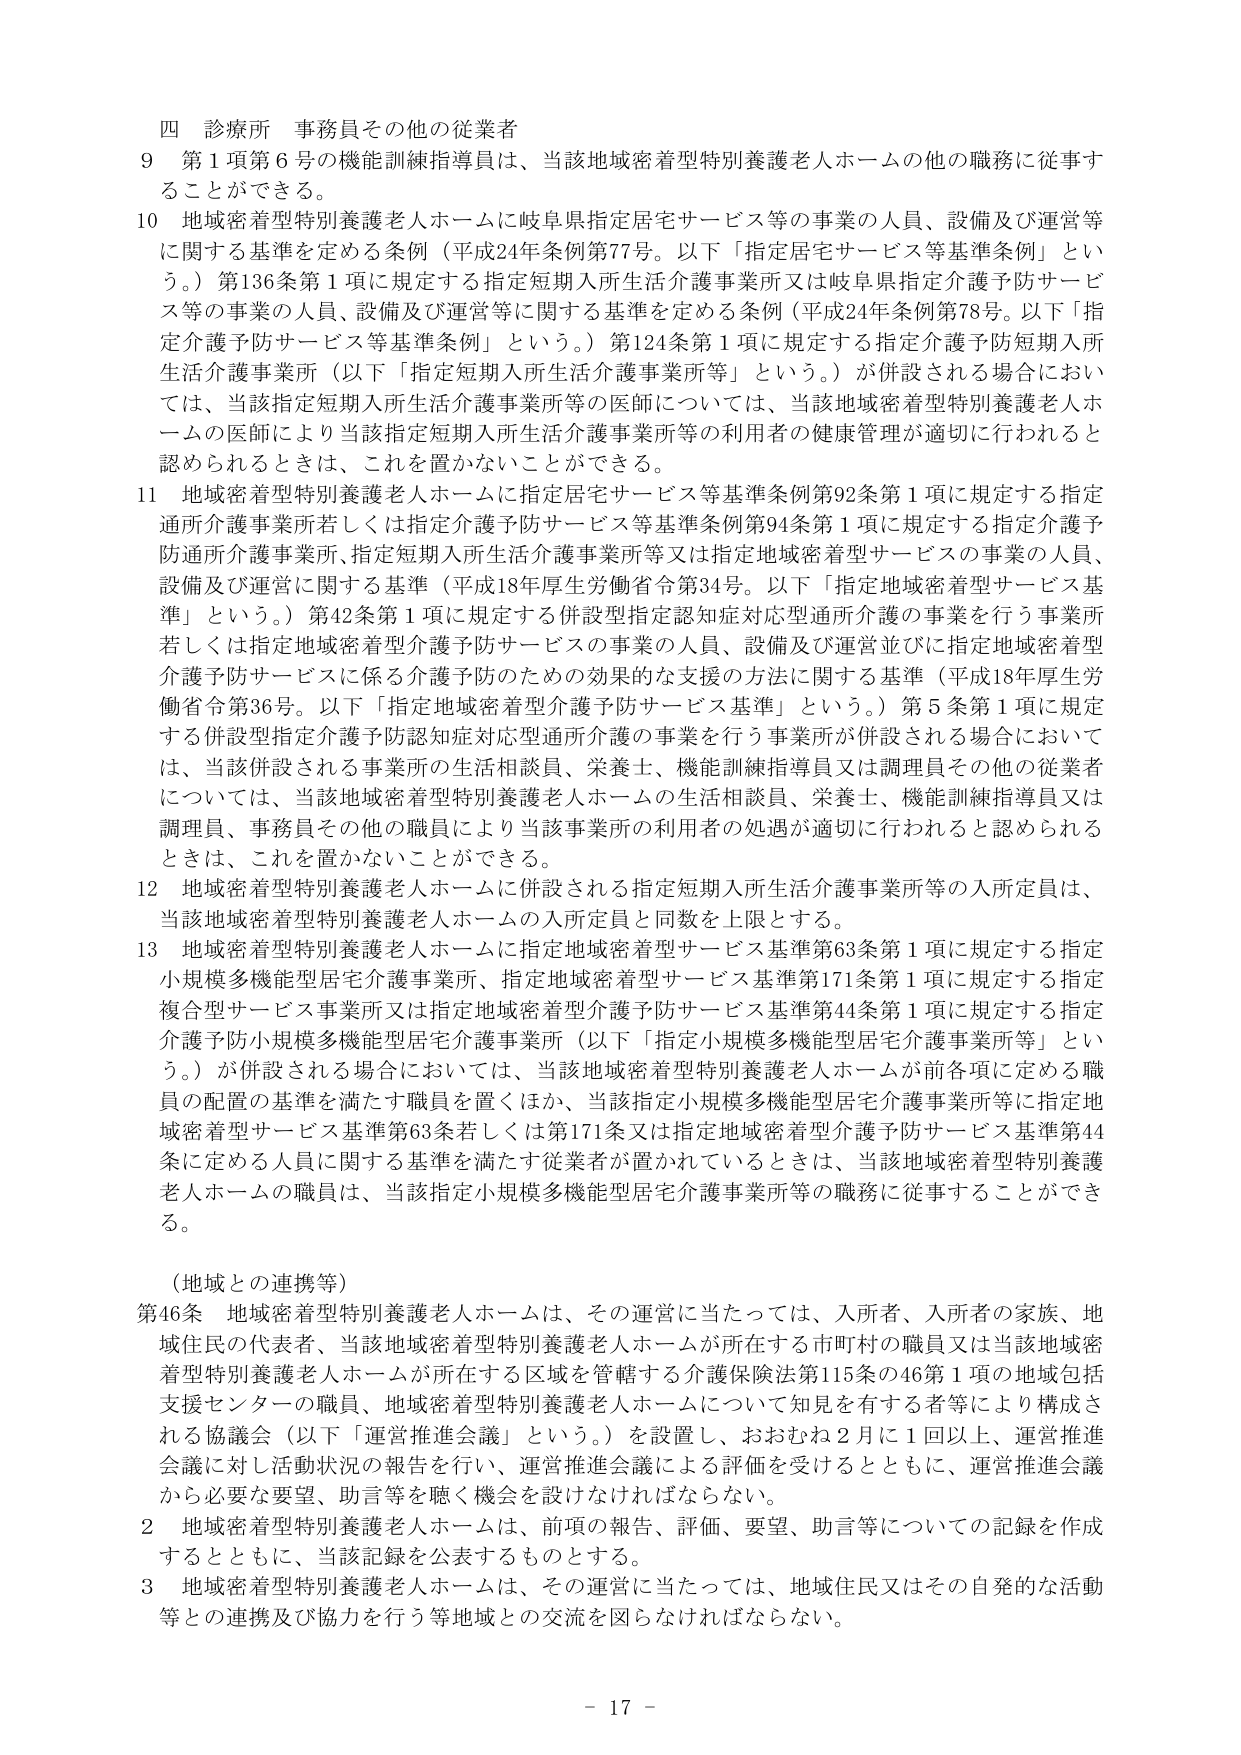
四 診療所 事務員その他の従業者
9 第1項第6号の機能訓練指導員は、当該地域密着型特別養護老人ホームの他の職務に従事することができる。
10 地域密着型特別養護老人ホームに岐阜県指定居宅サービス等の事業の人員、設備及び運営等に関する基準を定める条例（平成24年条例第77号。以下「指定居宅サービス等基準条例」という。）第136条第1項に規定する指定短期入所生活介護事業所又は岐阜県指定介護予防サービス等の事業の人員、設備及び運営等に関する基準を定める条例（平成24年条例第78号。以下「指定介護予防サービス等基準条例」という。）第124条第1項に規定する指定介護予防短期入所生活介護事業所（以下「指定短期入所生活介護事業所等」という。）が併設される場合においては、当該指定短期入所生活介護事業所等の医師については、当該地域密着型特別養護老人ホームの医師により当該指定短期入所生活介護事業所等の利用者の健康管理が適切に行われる認められるときは、これを置かないことができる。
11 地域密着型特別養護老人ホームに指定居宅サービス等基準条例第92条第1項に規定する指定通所介護事業所若しくは指定介護予防サービス等基準条例第94条第1項に規定する指定介護予防通所介護事業所、指定短期入所生活介護事業所等又は指定地域密着型サービスの事業の人員、設備及び運営に関する基準（平成18年厚生労働省令第34号。以下「指定地域密着型サービス基準」という。）第42条第1項に規定する併設型指定認知症対応型通所介護の事業を行う事業所若しくは指定地域密着型介護予防サービスの事業の人員、設備及び運営並びに指定地域密着型介護予防サービスに係る介護予防のための効果的な支援の方法に関する基準（平成18年厚生労働省令第36号。以下「指定地域密着型介護予防サービス基準」という。）第5条第1項に規定する併設型指定介護予防認知症対応型通所介護の事業を行う事業所が併設される場合においては、当該併設される事業所の生活相談員、栄養士、機能訓練指導員又は調理員その他の従業者については、当該地域密着型特別養護老人ホームの生活相談員、栄養士、機能訓練指導員又は調理員、事務員その他の職員により当該事業所の利用者の処遇が適切に行われると認められるときは、これを置かないことができる。
12 地域密着型特別養護老人ホームに併設される指定短期入所生活介護事業所等の入所定員は、当該地域密着型特別養護老人ホームの入所定員と同数を上限とする。
13 地域密着型特別養護老人ホームに指定地域密着型サービス基準第63条第1項に規定する指定小規模多機能型居宅介護事業所、指定地域密着型サービス基準第171条第1項に規定する指定複合型サービス事業所又は指定地域密着型介護予防サービス基準第44条第1項に規定する指定介護予防小規模多機能型居宅介護事業所（以下「指定小規模多機能型居宅介護事業所等」という。）が併設される場合においては、当該地域密着型特別養護老人ホームが前各項に定める職員の配置の基準を満たす職員を置くほか、当該指定小規模多機能型居宅介護事業所等に指定地域密着型サービス基準第63条若しくは第171条又は指定地域密着型介護予防サービス基準第44条に定める人員に関する基準を満たす従業者が置かれているときは、当該地域密着型特別養護老人ホームの職員は、当該指定小規模多機能型居宅介護事業所等の職務に従事することができる。

（地域との連携等）
第46条 地域密着型特別養護老人ホームは、その運営に当たっては、入所者、入所者の家族、地域住民の代表者、当該地域密着型特別養護老人ホームが所在する市町村の職員又は当該地域密着型特別養護老人ホームが所在する区域を管轄する介護保険法第115条の46第1項の地域包括支援センターの職員、地域密着型特別養護老人ホームについて知見を有する者等により構成される協議会（以下「運営推進会議」という。）を設置し、おおむね2月に1回以上、運営推進会議に対し活動状況の報告を行い、運営推進会議による評価を受けるとともに、運営推進会議から必要な要望、助言等を聴く機会を設けなければならない。
2 地域密着型特別養護老人ホームは、前項の報告、評価、要望、助言等についての記録を作成するとともに、当該記録を公表するものとする。
3 地域密着型特別養護老人ホームは、その運営に当たっては、地域住民又はその自発的な活動等との連携及び協力を行う等地域との交流を図らなければならない。

- 17 -